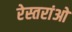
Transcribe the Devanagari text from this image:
रेस्तरांओ